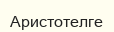
Аристотелге